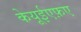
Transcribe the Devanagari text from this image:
केयूईएफ़ए